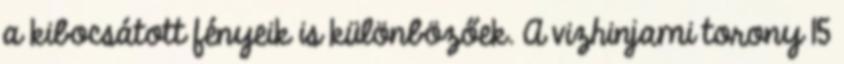
a kibocsátott fényeik is különbözőek. A vizhinjami torony 15